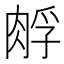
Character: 𰮪